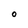
Character: O